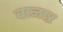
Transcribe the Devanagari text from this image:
बाजाऱ